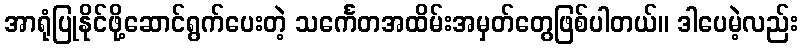
အာရုံပြုနိုင်ဖို့ဆောင်ရွက်ပေးတဲ့ သင်္ကေတအထိမ်းအမှတ်တွေဖြစ်ပါတယ်။ ဒါပေမဲ့လည်း